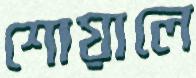
শোয়ালে